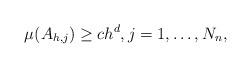
LaTeX: \begin{align*} \mu(A_{h,j}) \geq c h^d, j = 1,\ldots,N_n,\end{align*}